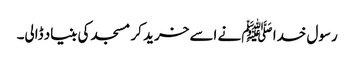
رسول خدا ﷺ نے اسے خرید کر مسجد کی بنیاد ڈالی۔